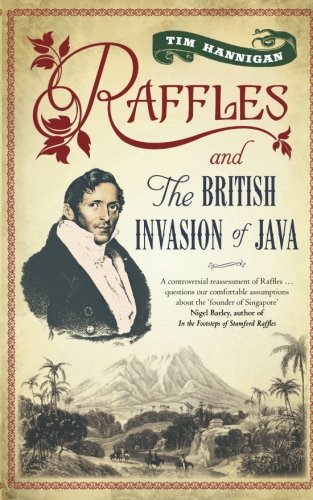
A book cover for Raffles and the British Invasion of Java; Tim Hannigan; Travel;